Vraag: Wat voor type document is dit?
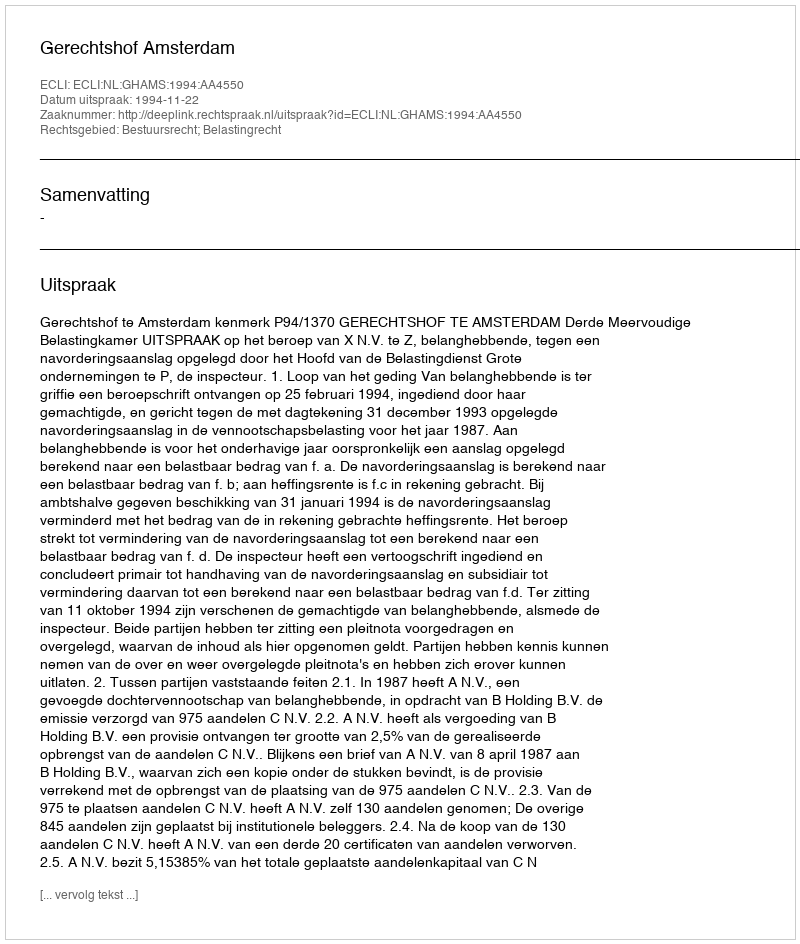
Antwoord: Uitspraak